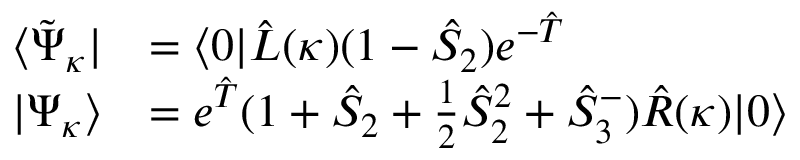
\begin{array} { r l } { \langle \tilde { \Psi } _ { \kappa } | } & { = \langle 0 | \hat { L } ( \kappa ) ( 1 - \hat { S } _ { 2 } ) e ^ { - \hat { T } } } \\ { | \Psi _ { \kappa } \rangle } & { = e ^ { \hat { T } } ( 1 + \hat { S } _ { 2 } + \frac { 1 } { 2 } \hat { S } _ { 2 } ^ { 2 } + \hat { S } _ { 3 } ^ { - } ) \hat { R } ( \kappa ) | 0 \rangle } \end{array}